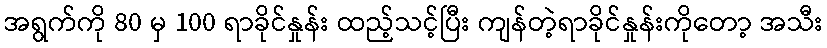
အရွက်ကို 80 မှ 100 ရာခိုင်နှုန်း ထည့်သင့်ပြီး ကျန်တဲ့ရာခိုင်နှုန်းကိုတော့ အသီး